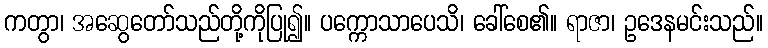
ကတွာ၊ အဆွေတော်သည်တို့ကိုပြု၍။ ပက္ကောသာပေသိ၊ ခေါ်စေ၏။ ရာဇာ၊ ဥဒေနမင်းသည်။